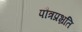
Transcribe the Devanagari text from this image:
पौत्रप्रभ्रति